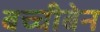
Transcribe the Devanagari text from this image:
बच्चीबेन